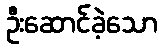
ဦးဆောင်ခဲ့သော